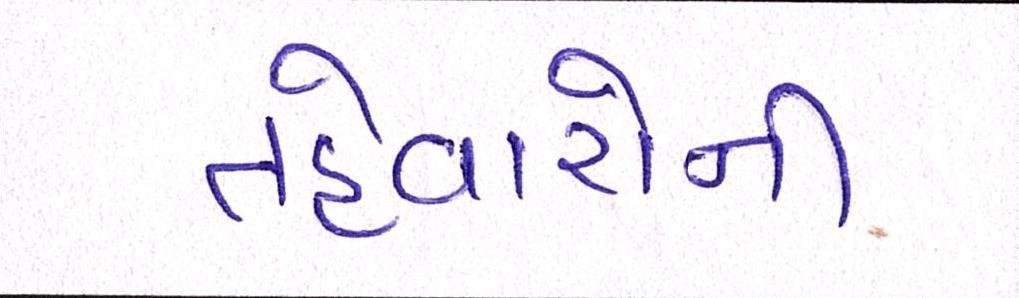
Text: તહેવારોની